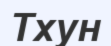
Тхун